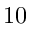
1 0